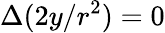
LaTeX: \Delta(2y/r^{2})=0